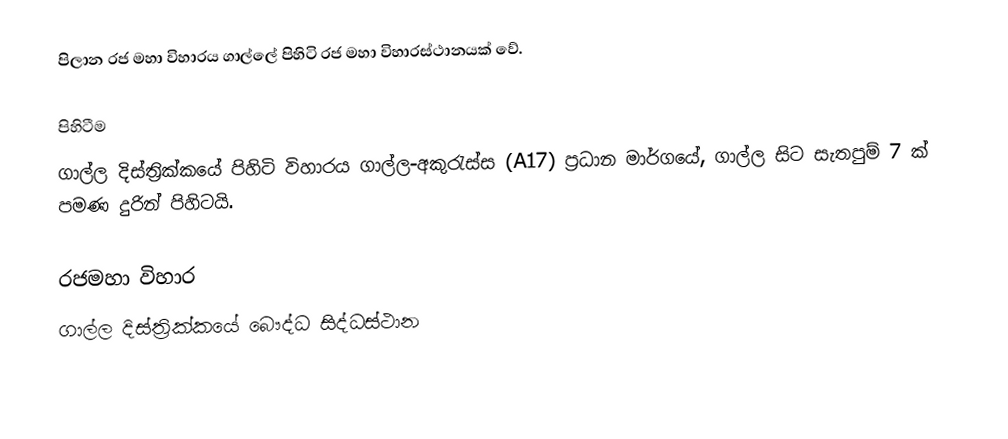
පිලාන රජ මහා විහාරය ගාල්ලේ පිහිටි රජ මහා විහාරස්ථානයක් වේ.

පිහිටීම
ගාල්ල දිස්ත්‍රික්කයේ පිහිටි විහාරය ගාල්ල-අකුරැස්ස (A17) ප්‍රධාන මාර්ගයේ, ගාල්ල සිට සැතපුම් 7 ක් පමණ දුරින් පිහිටයි.

රජමහා විහාර
ගාල්ල දිස්ත්‍රික්කයේ බෞද්ධ සිද්ධස්ථාන‎